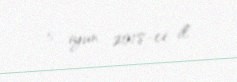
5 iyun 2018-ci il